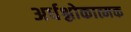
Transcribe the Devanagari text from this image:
अर्धश्लोकात्मक